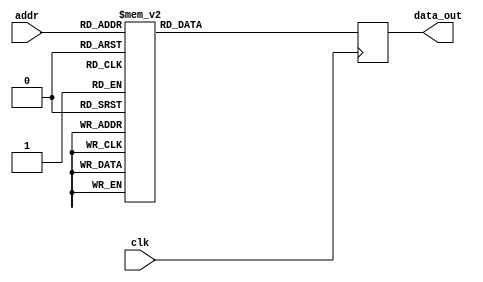
module twiddle_ROM_real_4 (
    input wire clk,
    input wire [4:0] addr,
    output reg [15:0] data_out
);

always @(posedge clk) begin
    case(addr)
    
5'b00000: data_out <= 16'h0100 ;
5'b00001: data_out <= 16'h0100 ;
5'b00010: data_out <= 16'h0100 ;
5'b00011: data_out <= 16'h0100 ;
5'b00100: data_out <= 16'h0100 ;
5'b00101: data_out <= 16'h0000 ;
5'b00110: data_out <= 16'h0100 ;
5'b00111: data_out <= 16'h0000 ;
5'b01000: data_out <= 16'h0100 ;
5'b01001: data_out <= 16'h00B5 ;
5'b01010: data_out <= 16'h0000 ;
5'b01011: data_out <= 16'hFF4A ;
5'b01100: data_out <= 16'h0100 ;
5'b01101: data_out <= 16'h00EC ;
5'b01110: data_out <= 16'h00B5 ;
5'b01111: data_out <= 16'h0061 ;
5'b10000: data_out <= 16'h0100 ;
5'b10001: data_out <= 16'h00FB ;
5'b10010: data_out <= 16'h00EC ;
5'b10011: data_out <= 16'h00D4 ;
5'b10100: data_out <= 16'h0000 ;
5'b10101: data_out <= 16'hFFE6 ;
5'b10110: data_out <= 16'hFFCE ;
5'b10111: data_out <= 16'hFFB5 ;
5'b11000: data_out <= 16'h00B5 ;
5'b11001: data_out <= 16'h00AB ;
5'b11010: data_out <= 16'h00A2 ;
5'b11011: data_out <= 16'h0098 ;


        default: data_out <= 16'h00000;
    endcase
end

endmodule